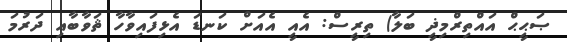
ޞަޙީޙް އައްތިރްމިޛީ ބަލާ) ތިރީސް: އެއީ އެއަށް ކަނޑަ އެޅިފައިވާހާ ޘަވާބާއި ދަރުމަ